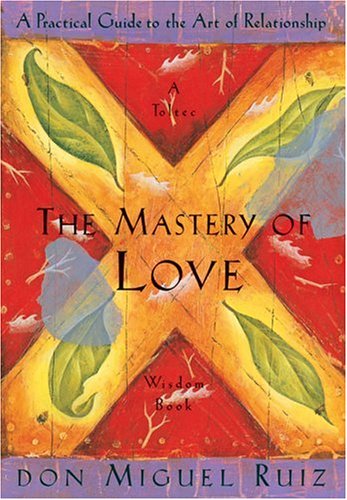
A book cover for The Mastery of Love: A Practical Guide to the Art of Relationship: A Toltec Wisdom Book; Don Miguel Ruiz; Parenting & Relationships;